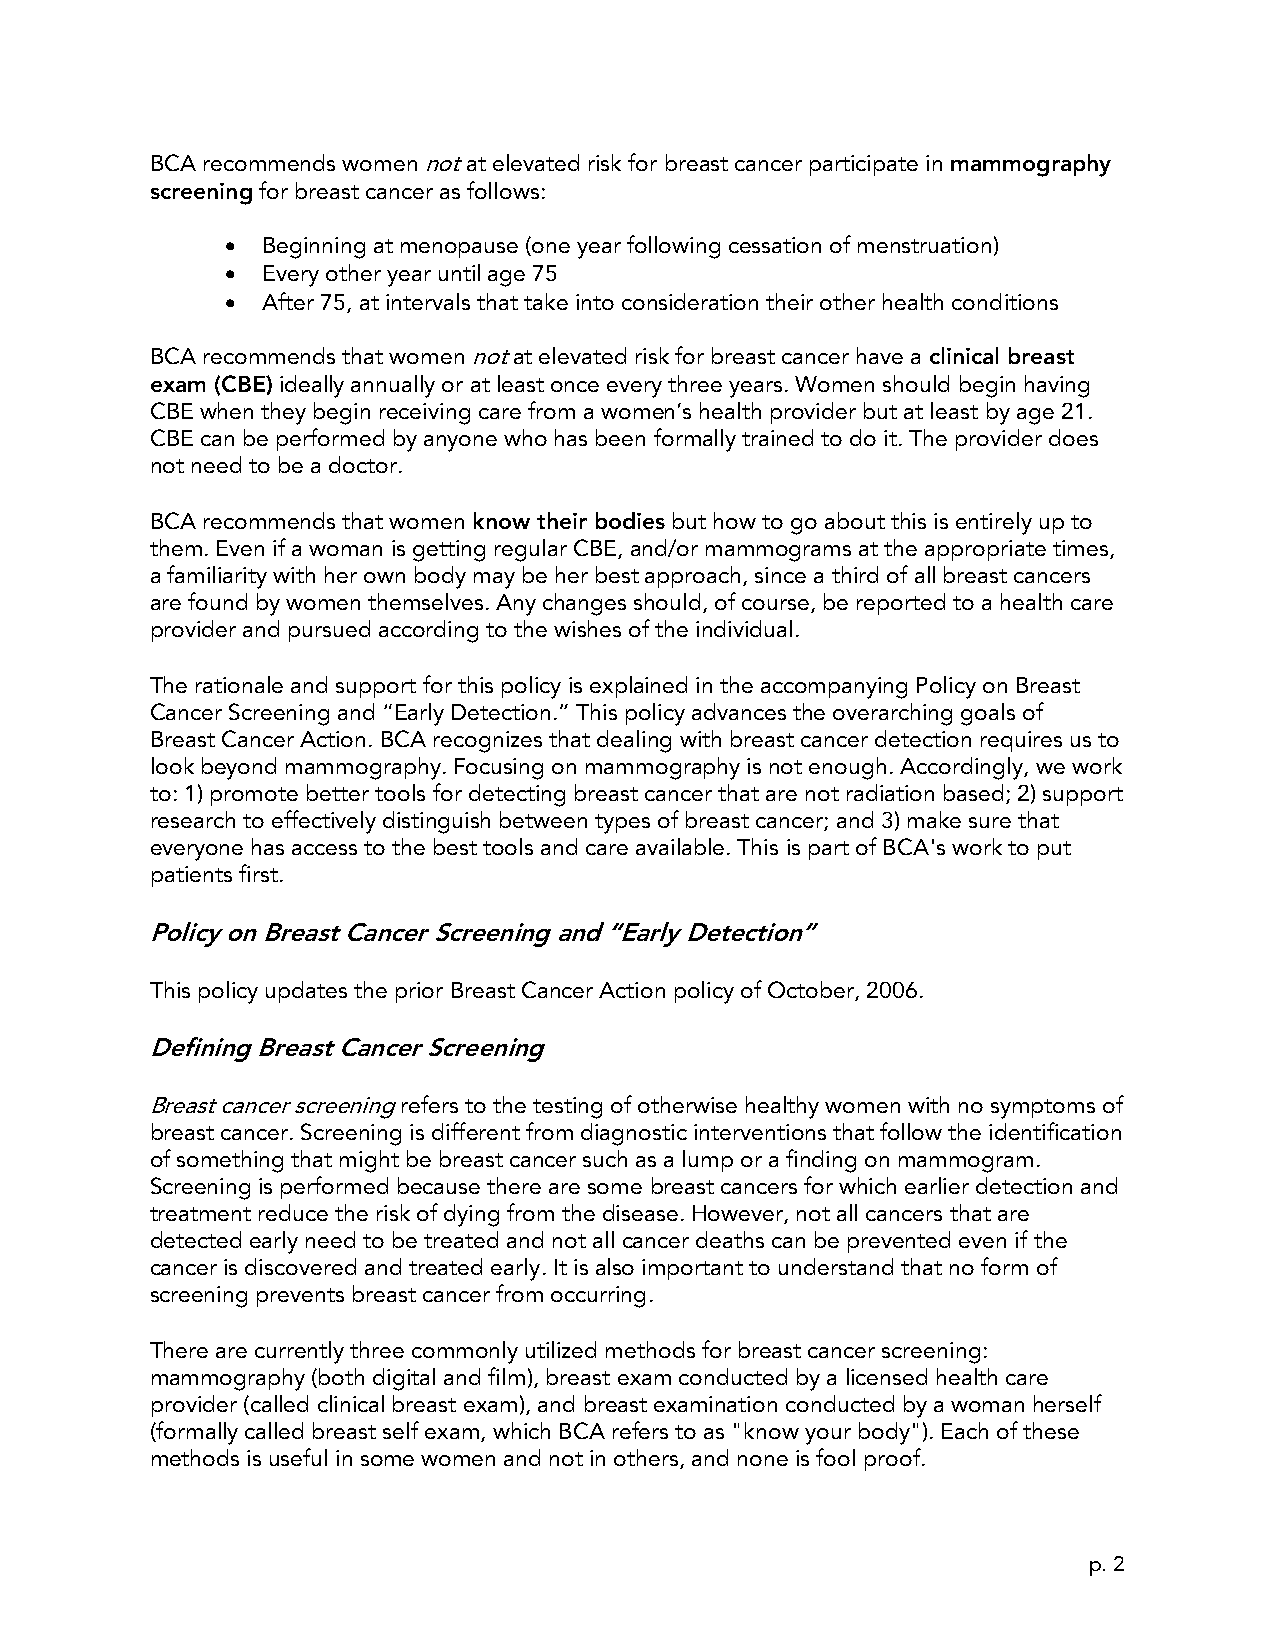
BCA recommends women not at elevated risk for breast cancer participate in mammography
 screening for breast cancer as follows:
 • Beginning at menopause (one year following cessation of menstruation)
 • Every other year until age 75
 • After 75, at intervals that take into consideration their other health conditions
 BCA recommends that women not at elevated risk for breast cancer have a clinical breast
 exam (CBE) ideally annually or at least once every three years. Women should begin having
 CBE when they begin receiving care from a women’s health provider but at least by age 21.
 CBE can be performed by anyone who has been formally trained to do it. The provider does
 not need to be a doctor.
 BCA recommends that women know their bodies but how to go about this is entirely up to
 them. Even if a woman is getting regular CBE, and/or mammograms at the appropriate times,
 a familiarity with her own body may be her best approach, since a third of all breast cancers
 are found by women themselves. Any changes should, of course, be reported to a health care
 provider and pursued according to the wishes of the individual.
 The rationale and support for this policy is explained in the accompanying Policy on Breast
 Cancer Screening and “Early Detection.” This policy advances the overarching goals of
 Breast Cancer Action. BCA recognizes that dealing with breast cancer detection requires us to
 look beyond mammography. Focusing on mammography is not enough. Accordingly, we work
 to: 1) promote better tools for detecting breast cancer that are not radiation based; 2) support
 research to effectively distinguish between types of breast cancer; and 3) make sure that
 everyone has access to the best tools and care available. This is part of BCA's work to put
 patients first.
 Policy on Breast Cancer Screening and “Early Detection”
 This policy updates the prior Breast Cancer Action policy of October, 2006.
 Defining Breast Cancer Screening
 Breast cancer screening refers to the testing of otherwise healthy women with no symptoms of
 breast cancer. Screening is different from diagnostic interventions that follow the identification
 of something that might be breast cancer such as a lump or a finding on mammogram.
 Screening is performed because there are some breast cancers for which earlier detection and
 treatment reduce the risk of dying from the disease. However, not all cancers that are
 detected early need to be treated and not all cancer deaths can be prevented even if the
 cancer is discovered and treated early. It is also important to understand that no form of
 screening prevents breast cancer from occurring.
 There are currently three commonly utilized methods for breast cancer screening:
 mammography (both digital and film), breast exam conducted by a licensed health care
 provider (called clinical breast exam), and breast examination conducted by a woman herself
 (formally called breast self exam, which BCA refers to as "know your body"). Each of these
 methods is useful in some women and not in others, and none is fool proof.
 p. 2